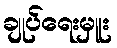
ချုပ်ရေးမှူး